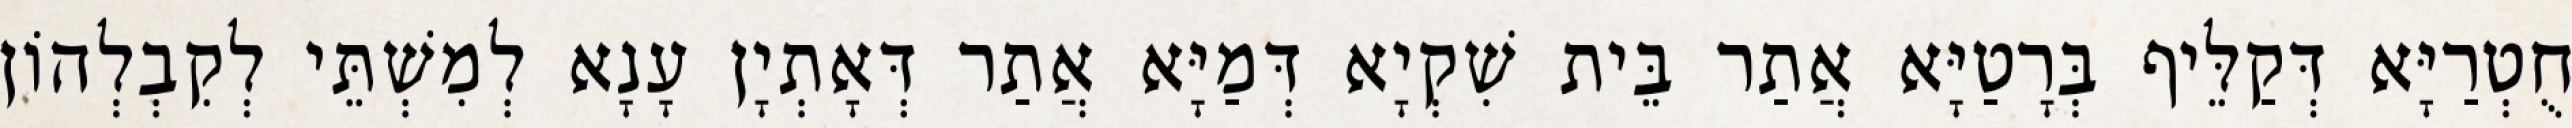
חֻטְרַיָּא דְּקַלֵּיף בְּרָטַיָּא אֲתַר בֵּית שִׁקְיָא דְּמַיָּא אֲתַר דְּאָתְיָן עָנָא לְמִשְׁתֵּי לְקִבְלְהוֹן